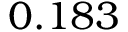
0 . 1 8 3